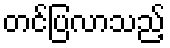
တင်ပြလာသည့်